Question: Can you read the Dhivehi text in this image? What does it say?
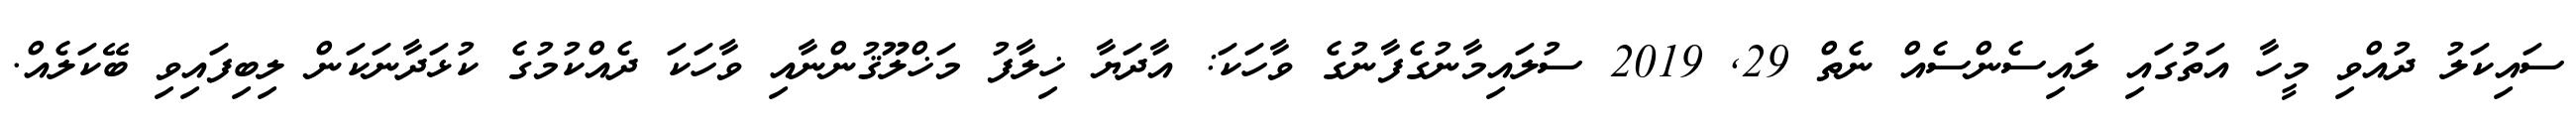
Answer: ސައިކަލު ދުއްވި މީހާ އަތުގައި ލައިސެންސެއް ނެތް 29, 2019 ސުލައިމާނުގެފާނުގެ ވާހަކަ: އާދަޔާ ޚިލާފު މަޚްލޫޤުންނާއި ވާހަކަ ދެއްކުމުގެ ކުޅަދާނަކަން ލިބިފައިވި ބޭކަލެއް.